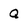
Character: Q